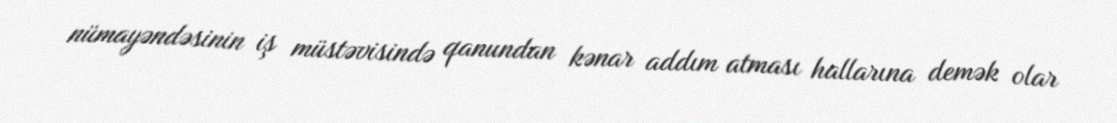
nümayəndəsinin iş müstəvisində qanundan kənar addım atması hallarına demək olar